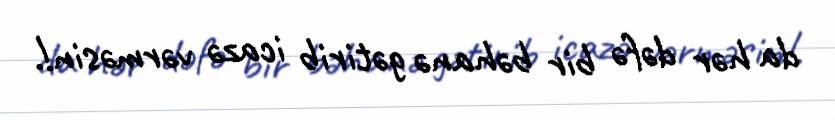
da hər dəfə bir bəhanə gətirib icazə vərməsin!.